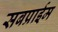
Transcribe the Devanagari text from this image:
सबप्राईम